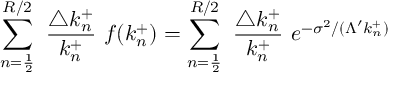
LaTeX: \sum _ { n = \frac { 1 } { 2 } } ^ { R / 2 } ~ \frac { \triangle k _ { n } ^ { + } } { k _ { n } ^ { + } } ~ f ( k _ { n } ^ { + } ) = \sum _ { n = \frac { 1 } { 2 } } ^ { R / 2 } ~ \frac { \triangle k _ { n } ^ { + } } { k _ { n } ^ { + } } ~ e ^ { - \sigma ^ { 2 } / ( \Lambda ^ { \prime } k _ { n } ^ { + } ) }